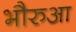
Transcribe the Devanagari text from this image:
भौरुआ